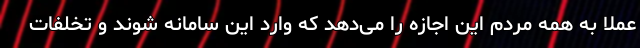
عملا به همه مردم این اجازه را می‌دهد که وارد این سامانه شوند و تخلفات